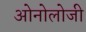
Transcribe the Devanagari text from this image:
ओनोलोजी